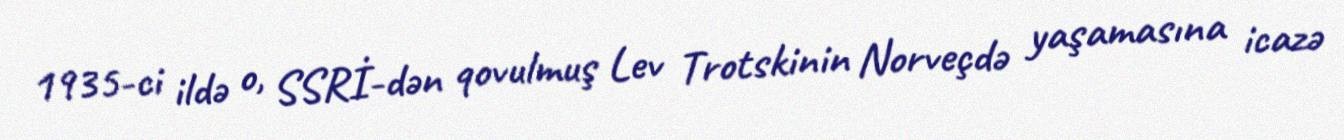
1935-ci ildə o, SSRİ-dən qovulmuş Lev Trotskinin Norveçdə yaşamasına icazə